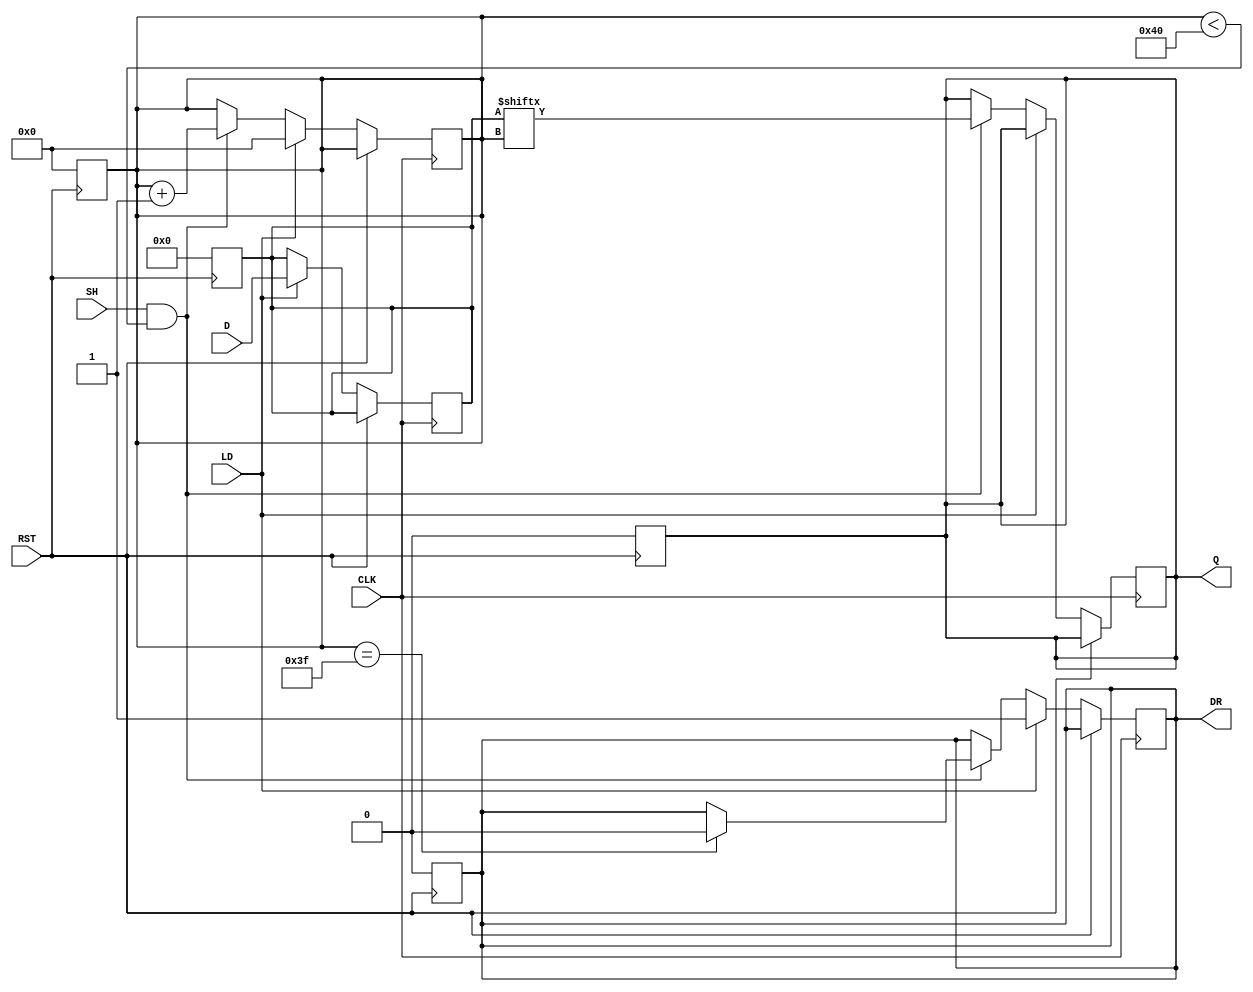
module PISO_Register (
    input wire [63:0] D,        // 64-bit data input
    input wire LD,              // Load control signal
    input wire SH,              // Shift control signal
    input wire CLK,             // Clock signal
    input wire RST,             // Asynchronous reset signal
    output reg Q,               // Serial output
    output reg DR               // Data Ready signal
);

    reg [63:0] internal_reg;     // Internal storage register
    reg [5:0] bit_count;         // Counter for the number of bits shifted out

    // Asynchronous Reset
    always @(posedge RST) begin
        internal_reg <= 64'b0;   // Clear internal register
        Q <= 1'b0;               // Clear serial output
        DR <= 1'b0;              // Clear Data Ready signal
        bit_count <= 6'b0;       // Reset bit count
    end

    // Main Operation
    always @(posedge CLK) begin
        if (RST) begin
            // Reset state is handled above
        end else if (LD) begin
            internal_reg <= D;     // Load data into the internal register
            bit_count <= 6'b0;     // Reset the bit count for shifting
            DR <= 1'b1;            // Indicate data is ready
        end else if (SH && (bit_count < 64)) begin
            Q <= internal_reg[bit_count]; // Shift out serially
            bit_count <= bit_count + 1;     // Increment bit count
            if (bit_count == 63) begin
                DR <= 1'b0;         // Data not ready after last bit is shifted out
            end
        end
    end

endmodule